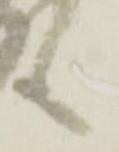
も